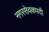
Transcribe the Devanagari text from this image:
नगरसेवकपदी